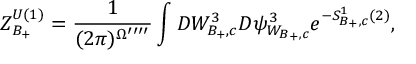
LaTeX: Z _ { B _ { + } } ^ { U ( 1 ) } = \frac { 1 } { ( 2 \pi ) ^ { \Omega ^ { \prime \prime \prime \prime } } } \int { \cal D } W _ { B _ { + } , c } ^ { 3 } { \cal D } \psi _ { W _ { B _ { + } , c } } ^ { 3 } e ^ { - S _ { B _ { + } , c } ^ { 1 } ( 2 ) } ,